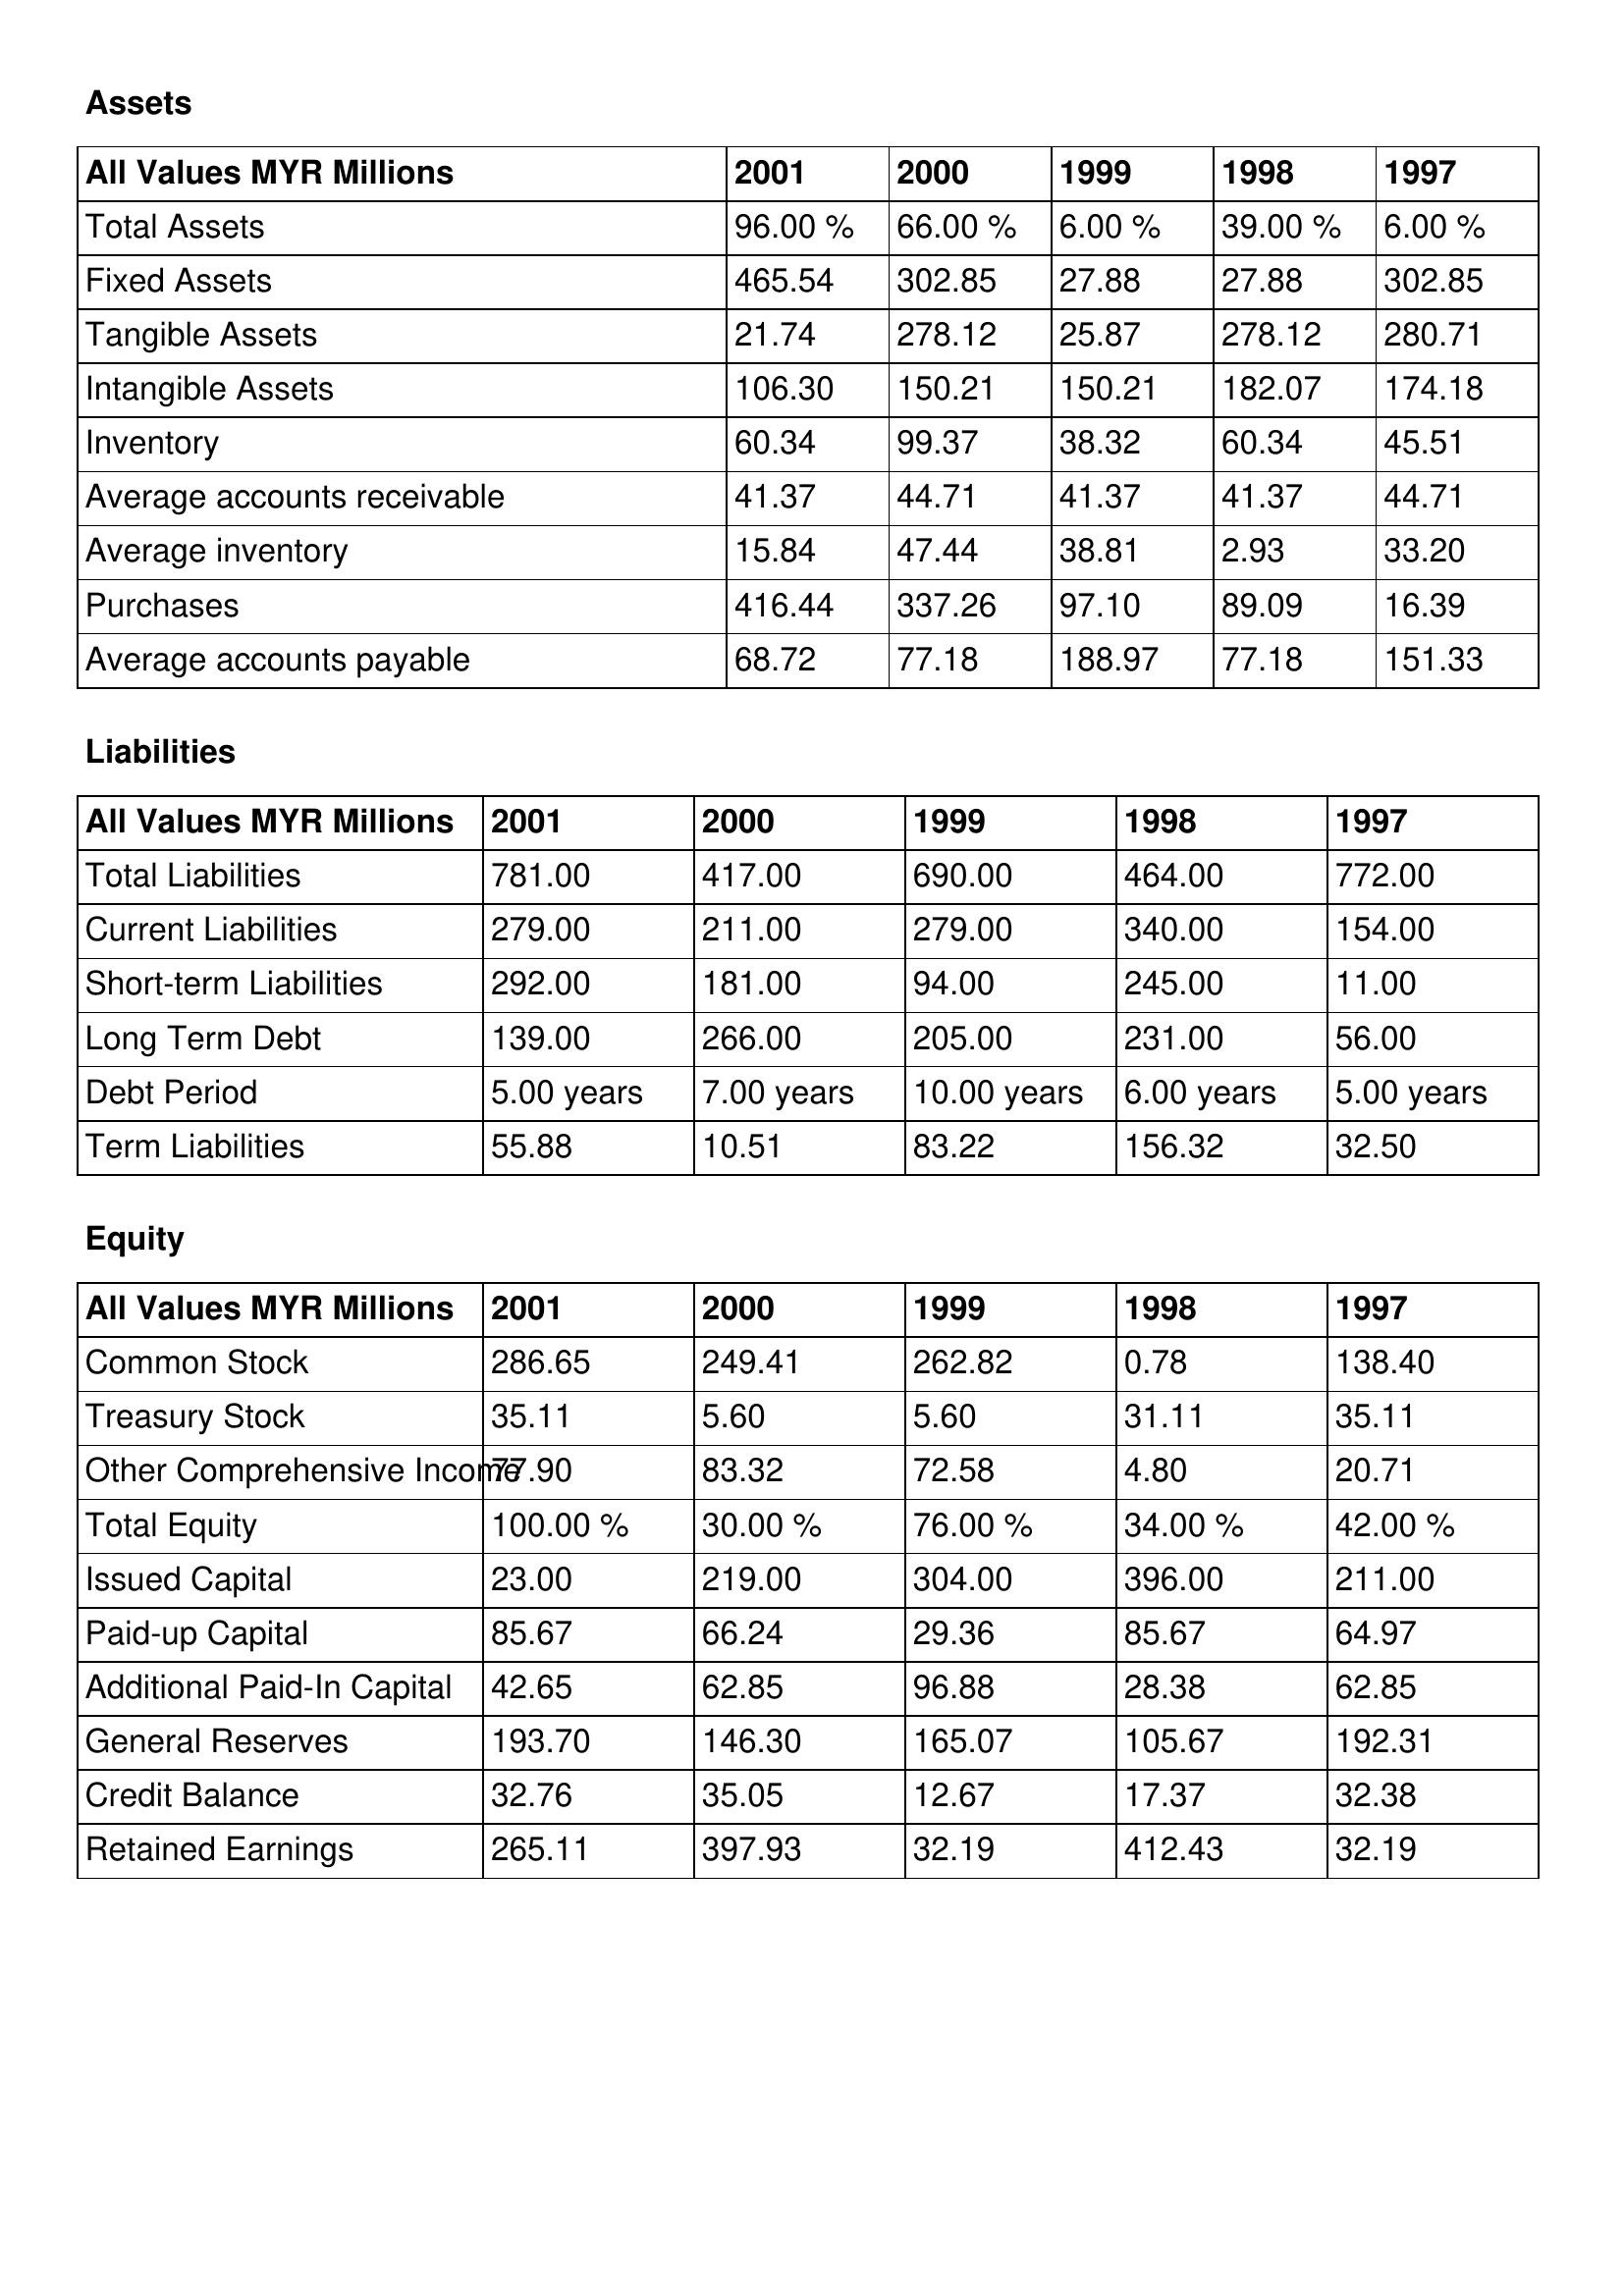
gt_parse: 2001: Assets: Total Assets: 96.00 %
Fixed Assets: 465.54
Tangible Assets: 21.74
Intangible Assets: 106.30
Inventory: 60.34
Average accounts receivable: 41.37
Average inventory: 15.84
Purchases: 416.44
Average accounts payable: 68.72
Liabilities: Total Liabilities: 781.00
Current Liabilities: 279.00
Short-term Liabilities: 292.00
Long Term Debt: 139.00
Debt Period: 5.00 years
Term Liabilities: 55.88
Equity: Common Stock: 286.65
Treasury Stock: 35.11
Other Comprehensive Income: 77.90
Total Equity: 100.00 %
Issued Capital: 23.00
Paid-up Capital: 85.67
Additional Paid-In Capital: 42.65
General Reserves: 193.70
Credit Balance: 32.76
Retained Earnings: 265.11
2000: Assets: Total Assets: 66.00 %
Fixed Assets: 302.85
Tangible Assets: 278.12
Intangible Assets: 150.21
Inventory: 99.37
Average accounts receivable: 44.71
Average inventory: 47.44
Purchases: 337.26
Average accounts payable: 77.18
Liabilities: Total Liabilities: 417.00
Current Liabilities: 211.00
Short-term Liabilities: 181.00
Long Term Debt: 266.00
Debt Period: 7.00 years
Term Liabilities: 10.51
Equity: Common Stock: 249.41
Treasury Stock: 5.60
Other Comprehensive Income: 83.32
Total Equity: 30.00 %
Issued Capital: 219.00
Paid-up Capital: 66.24
Additional Paid-In Capital: 62.85
General Reserves: 146.30
Credit Balance: 35.05
Retained Earnings: 397.93
1999: Assets: Total Assets: 6.00 %
Fixed Assets: 27.88
Tangible Assets: 25.87
Intangible Assets: 150.21
Inventory: 38.32
Average accounts receivable: 41.37
Average inventory: 38.81
Purchases: 97.10
Average accounts payable: 188.97
Liabilities: Total Liabilities: 690.00
Current Liabilities: 279.00
Short-term Liabilities: 94.00
Long Term Debt: 205.00
Debt Period: 10.00 years
Term Liabilities: 83.22
Equity: Common Stock: 262.82
Treasury Stock: 5.60
Other Comprehensive Income: 72.58
Total Equity: 76.00 %
Issued Capital: 304.00
Paid-up Capital: 29.36
Additional Paid-In Capital: 96.88
General Reserves: 165.07
Credit Balance: 12.67
Retained Earnings: 32.19
1998: Assets: Total Assets: 39.00 %
Fixed Assets: 27.88
Tangible Assets: 278.12
Intangible Assets: 182.07
Inventory: 60.34
Average accounts receivable: 41.37
Average inventory: 2.93
Purchases: 89.09
Average accounts payable: 77.18
Liabilities: Total Liabilities: 464.00
Current Liabilities: 340.00
Short-term Liabilities: 245.00
Long Term Debt: 231.00
Debt Period: 6.00 years
Term Liabilities: 156.32
Equity: Common Stock: 0.78
Treasury Stock: 31.11
Other Comprehensive Income: 4.80
Total Equity: 34.00 %
Issued Capital: 396.00
Paid-up Capital: 85.67
Additional Paid-In Capital: 28.38
General Reserves: 105.67
Credit Balance: 17.37
Retained Earnings: 412.43
1997: Assets: Total Assets: 6.00 %
Fixed Assets: 302.85
Tangible Assets: 280.71
Intangible Assets: 174.18
Inventory: 45.51
Average accounts receivable: 44.71
Average inventory: 33.20
Purchases: 16.39
Average accounts payable: 151.33
Liabilities: Total Liabilities: 772.00
Current Liabilities: 154.00
Short-term Liabilities: 11.00
Long Term Debt: 56.00
Debt Period: 5.00 years
Term Liabilities: 32.50
Equity: Common Stock: 138.40
Treasury Stock: 35.11
Other Comprehensive Income: 20.71
Total Equity: 42.00 %
Issued Capital: 211.00
Paid-up Capital: 64.97
Additional Paid-In Capital: 62.85
General Reserves: 192.31
Credit Balance: 32.38
Retained Earnings: 32.19